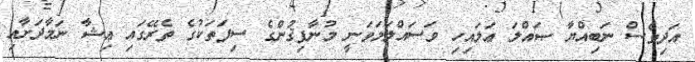
އަދިވެސް ނަބިއްޔާ ޞައްލަ ޢަލައިހި ވަސައްލަމަވަނީ މުނާފިޤުންގެ ސިފަތަކުގެ ތެރޭގައި ޢިޝާ ނަމާދަށާއި